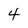
Character: 4